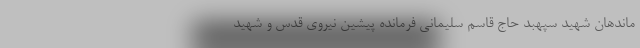
ماندهان شهید سپهبد حاج قاسم سلیمانی فرمانده پیشین نیروی قدس و شهید